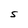
Character: S